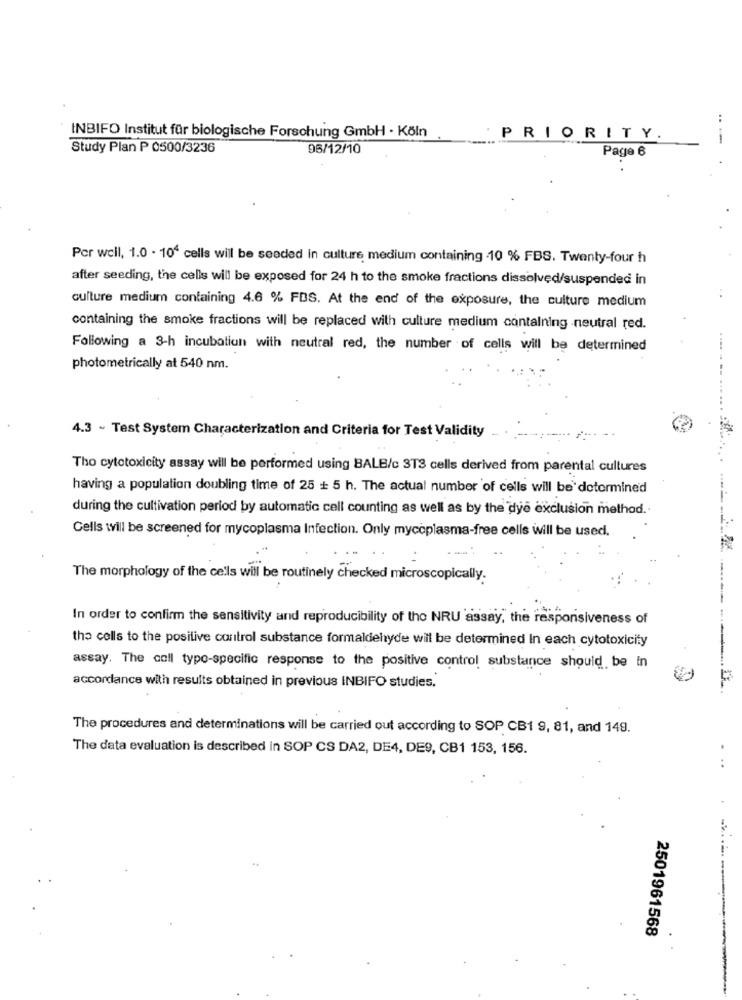
INBIFO Institut für biologische Forschung GmbH · Köln
PRIORITY.
--
Study Plan P 0500/3236
96/12/10
Page 6
Por well, 1.0 . 10' cells will be seeded in culture medium containing 10 % FBS. Twenty-four h
after seeding, the cells will be exposed for 24 h to the smoke fractions dissolved/suspended in
culture medium containing 4.6 % FDS. At the end of the exposure, the culture medium
containing the smoke fractions will be replaced with culture medium containing neutral red.
Following a 3-h incubation with neutral red, the number of cells will be determined
...
photometrically at 540 nm.
4.3 - Test System Characterization and Criteria for Test Validity
Tho cytotoxicity assay will be performed using BALE/c 3T3 cells derived from parental cultures
having a population doubling time of 25 + 5 h. The actual number of cells will be determined
during the cultivation period by automatic cell counting as well as by the dye exclusion method.
Cells will be screened for mycoplasma Infection. Only mycoplasma-free cells will be used.
The morphology of the cells will be routinely checked microscopically.
In order to confirm the sensitivity and reproducibility of the NRU assay, the responsiveness of
the cells to the positive control substance formaldehyde will be determined In each cytotoxicity
------ ------
assay. The coll typo-specific response to the positive control substance should be in
accordance with results obtained in previous INBIFO studies.
F
The procedures and determinations will be carried out according to SOP CB1 9, 81, and 149.
The data evaluation is described in SOP CS DA2, DE4, DE9, CB1 153, 156.
...
2501961568